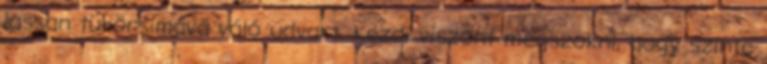
lassan tükörsimává váló udvart. Kezdi viszont megszokni, hogy szinte